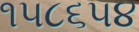
૧૫૮૬૫૪